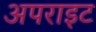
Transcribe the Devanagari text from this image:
अपराइट